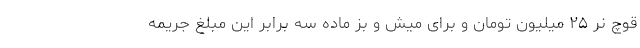
قوچ نر ۲۵ میلیون تومان و برای میش و بز ماده سه برابر این مبلغ جریمه